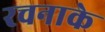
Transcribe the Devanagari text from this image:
रचनाके